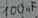
Text: 100nF